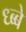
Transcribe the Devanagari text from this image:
ध्ब्बे